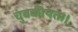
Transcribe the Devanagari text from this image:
चुंबकीयता।